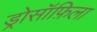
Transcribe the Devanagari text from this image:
ड्रोसॉफ़िला